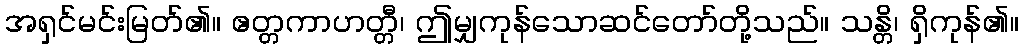
အရှင်မင်းမြတ်၏။ ဧတ္တကာဟတ္တီ၊ ဤမျှကုန်သောဆင်တော်တို့သည်။ သန္တိ၊ ရှိကုန်၏။